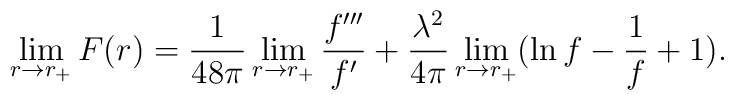
\lim_{r \to r_+} F(r) = { 1 \over 48 \pi} \lim_{r \to r_+} { f''' \over f'} + { \lambda^2 \over 4 \pi} \lim_{r \to r_+} (\ln f - { 1 \over f} +1) .